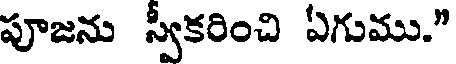
పూజను స్వీకరించి ఏగుము."